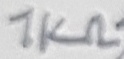
Text: 1KΩ